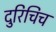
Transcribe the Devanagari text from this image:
दुरिचिच